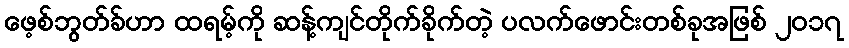
ဖေ့စ်ဘွတ်ခ်ဟာ ထရမ့်ကို ဆန့်ကျင်တိုက်ခိုက်တဲ့ ပလက်ဖောင်းတစ်ခုအဖြစ် ၂၀၁၇